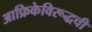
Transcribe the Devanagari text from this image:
आफ्रिकेविरूद्धची